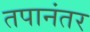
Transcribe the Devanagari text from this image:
तपानंतर